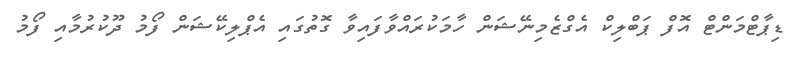
ޑިޕާޓްމަންޓް އޮފް ޕަބްލިކް އެގްޒެމިނޭޝަން ހާމަކުރައްވާފައިވާ ގޮތުގައި އެޕްލިކޭޝަން ފޯމު ދޫކުރުމާއި ފޯމު